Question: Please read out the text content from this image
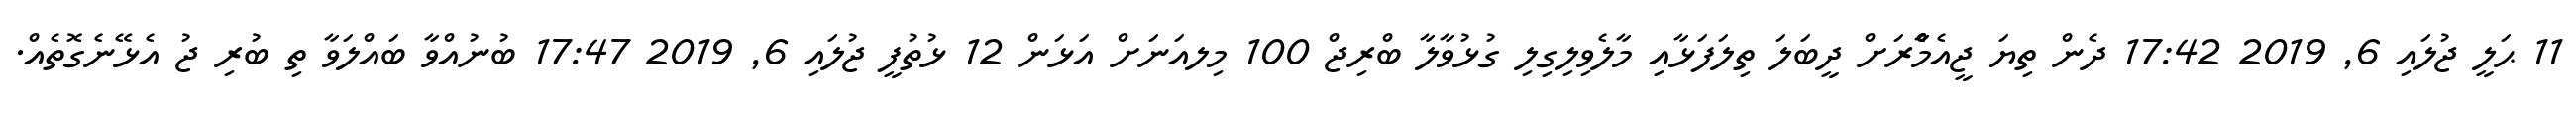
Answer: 11 ޙަލީ ޖުލައި 6, 2019 17:42 ދެން ތިޔަ ޖީއެމްެާރަށް ދީބަލަ ތިލަފަޅާއި މާލެވިލިގިލި ގުޅުވާލާ ބްރިޖް 100 މިލއަނަށް އަޅަން 12 ޅުތުފީ ޖުލައި 6, 2019 17:47 ބުނުއްވާ ބައްލަވާ ތި ބުރި ޖު އެޅޭނެގޮތެއް.